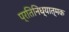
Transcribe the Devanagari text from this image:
प्रतिनिध्यात्मक